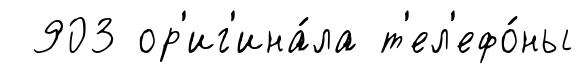
903 ор'иг'ина́ла т'ел'ефо́ны